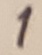
Text: 1